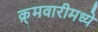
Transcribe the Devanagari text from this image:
क्र्मवारीमध्ये